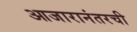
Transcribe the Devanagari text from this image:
आजारानंतरची